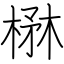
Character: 楙